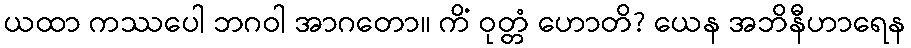
ယထာ ကဿပေါ ဘဂဝါ အာဂတော။ ကိံ ဝုတ္တံ ဟောတိ? ယေန အဘိနီဟာရေန